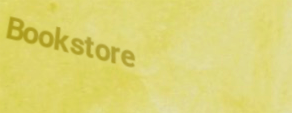
Bookstore